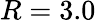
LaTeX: R=3.0